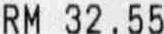
RM 32.55